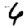
Digit: 6